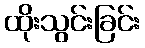
ထိုးသွင်းခြင်း